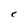
Character: C